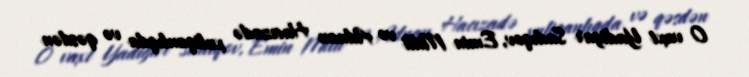
O vaxt Yadigar Sadıqov, Emin Milli və Adnan Hacızadə xuliqanlıqda və qəsdən